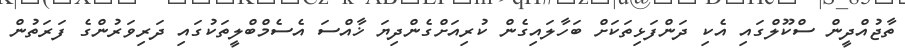
ތާޖުއްދީން ސްކޫލްގައި އެކި ދަންފަޅިތަކަށް ބަހާލައިގެން ކުރިއަށްގެންދިޔަ ޚާއްސަ އެސެމްބްލީތަކުގައި ދަރިވަރުންގެ ފަރަތުން